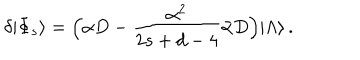
\delta | \Phi _ { s } \rangle = \Bigl ( \alpha D - \frac { \alpha ^ { 2 } } { 2 s + d - 4 } \bar { \alpha } D \Bigr ) | \Lambda \rangle \, .